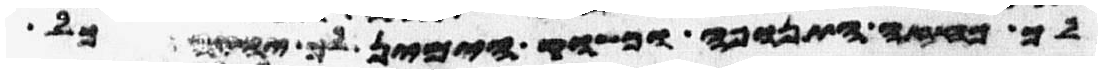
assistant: לך כחזה התנופה וכשוק הימין לך יהיה כל